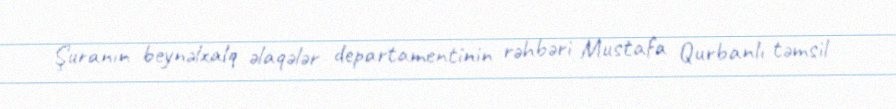
Şuranın beynəlxalq əlaqələr departamentinin rəhbəri Mustafa Qurbanlı təmsil